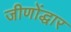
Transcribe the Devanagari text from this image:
जीणोंद्धार